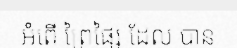
អំពើ ព្រៃផ្សៃ ដែល បាន